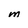
Character: M